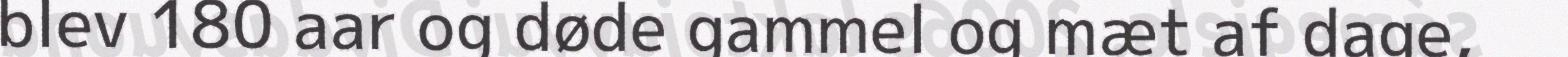
blev 180 aar og døde gammel og mæt af dage,